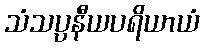
သံသပ္ပနီယပရိယာယံ